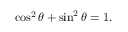
\cos ^ { 2 } \theta + \sin ^ { 2 } \theta = 1 .